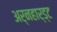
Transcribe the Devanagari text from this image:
अर्नहार्ड्ट